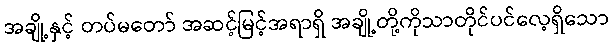
အချို့နှင့် တပ်မတော် အဆင့်မြင့်အရာရှိ အချို့တို့ကိုသာတိုင်ပင်လေ့ရှိသော